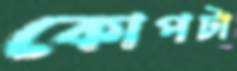
কোপটা